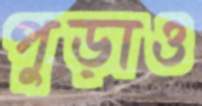
পুড়াও